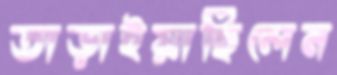
তাড়াইয়াছিলেন